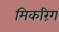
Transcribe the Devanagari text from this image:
मिकरिंग